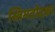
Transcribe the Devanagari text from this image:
स्तिमतोदका